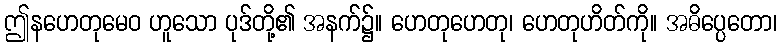
ဤနဟေတုမေဝ ဟူသော ပုဒ်တို့၏ အနက်၌။ ဟေတုဟေတု၊ ဟေတုဟိတ်ကို။ အဓိပ္ပေတော၊